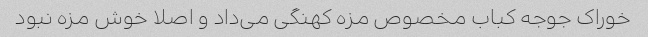
خوراک جوجه کباب مخصوص مزه کهنگی می‌داد و اصلا خوش مزه نبود